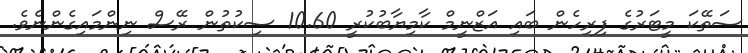
ސަތޭކަ މީޓަރުގެ ފިރިހެން ބައި އަޒްނީމް ކާމިޔާބުކުރީ 10.60 ސިކުތުން ރޭސް ނިންމައިގެންނެވެ.